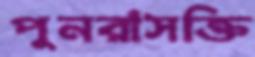
পুনরাসক্তি